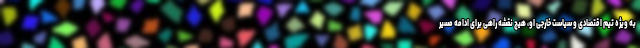
به ویژه تیم اقتصادی و سیاست خارجی او، هیچ نقشه راهی برای ادامه مسیر